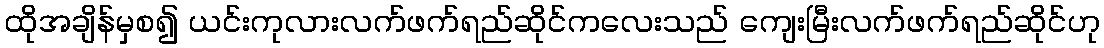
ထိုအချိန်မှစ၍ ယင်းကုလားလက်ဖက်ရည်ဆိုင်ကလေးသည် ကျေးမြီးလက်ဖက်ရည်ဆိုင်ဟု